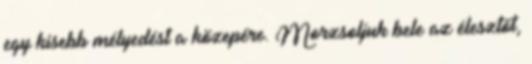
egy kisebb mélyedést a közepére. Morzsoljuk bele az élesztőt,